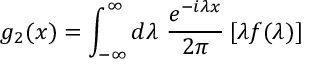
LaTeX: g _ { 2 } ( x ) = \int _ { - \infty } ^ { \infty } d \lambda ~ \frac { e ^ { - i \lambda x } } { 2 \pi } \, [ \lambda f ( \lambda ) ]